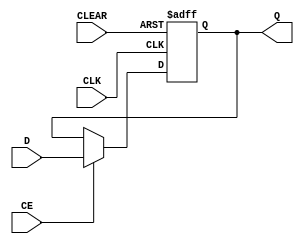
module myDFFCE (output reg Q, input D, CLK, CE, CLEAR);
	parameter [0:0] INIT = 1'b0;
	initial Q = INIT;
	always @(posedge CLK or posedge CLEAR) begin
		if(CLEAR)
			Q <= 1'b0;
		else if (CE)
			Q <= D;
	end
endmodule